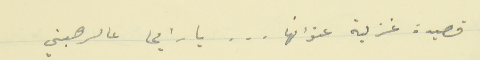
قصيدة غزلية عنوانها . . .  يا رايحا عالرهبني